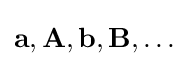
\mathbf {a,A,b,B} ,\ldots